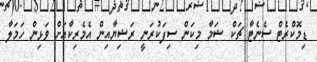
ޑިމޮކްރެޓް ސެނެޓާ ޗަކް ޝަމާ މިކަން ސިފަކުރަނީ ރަޝިޔާއިން އެމެރިކާއަށް ވަޅިން ހަމަލާ